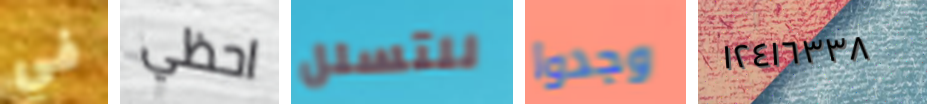
في احظي للتسلل وجدوا ١٢٤١٦٣٣٨